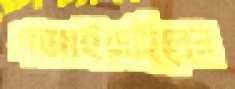
গজাইয়াছিলেন